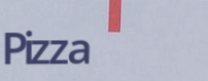
Pizza